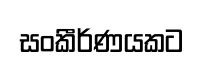
සංකීර්ණයකට